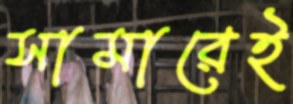
সামারেই